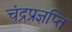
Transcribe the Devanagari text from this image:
चंद्रप्रज्ञप्ति